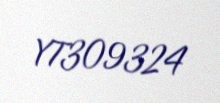
YT309324